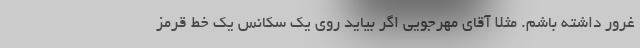
غرور داشته باشم. مثلا آقای مهرجویی اگر بیاید روی یک سکانس یک خط قرمز